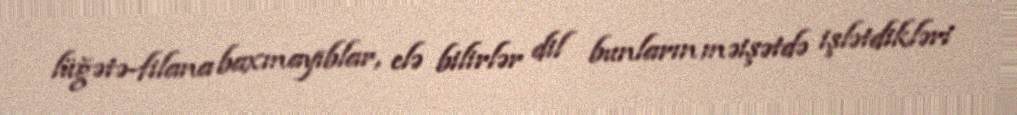
lüğətə-filana baxmayıblar, elə bilirlər dil bunların məişətdə işlətdikləri